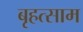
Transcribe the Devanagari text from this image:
बृहत्साम